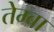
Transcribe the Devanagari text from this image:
तेम्बा